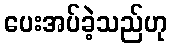
ပေးအပ်ခဲ့သည်ဟု